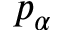
p _ { \alpha }